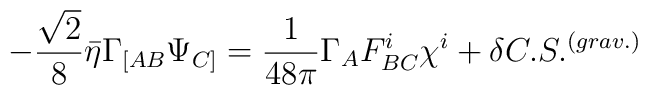
-{\sqrt 2\over 8}\bar\eta  \Gamma_{[AB}\Psi_{C]}=\frac{1}{48\pi}\Gamma_A F^i_{BC}\chi^i+\delta C.S.^{(grav.)}